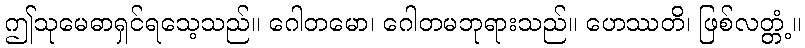
ဤသုမေဓာရှင်ရသေ့သည်။ ဂေါတမော၊ ဂေါတမဘုရားသည်။ ဟေဿတိ၊ ဖြစ်လတ္တံ့။